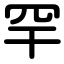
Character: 罕